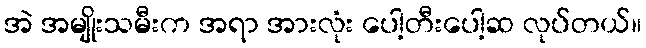
အဲ အမျိုးသမီးက အရာ အားလုံး ပေါ့တီးပေါ့ဆ လုပ်တယ်။